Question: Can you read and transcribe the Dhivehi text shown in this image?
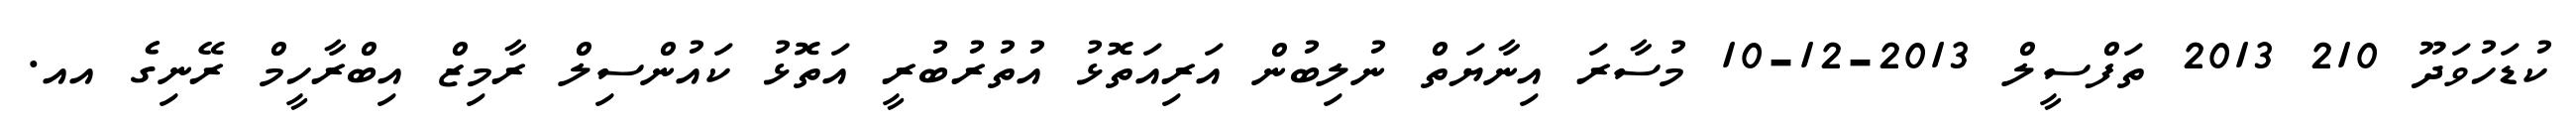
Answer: ކުޑަހުވަދޫ 210 2013 ތަފްސީލް 2013-12-10 މުސާރަ އިނާޔަތް ނުލިބުން އަރިއަތޮޅު އުތުރުބުރީ އަތޮޅު ކައުންސިލް ރާމިޒް އިބްރާހީމް ރޭނިގެ އއ.